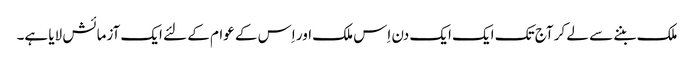
ملک بننے سے لے کر آج تک ایک ایک دن اِس ملک اور اِس کے عوام کے لئے ایک آزمائش لایا ہے۔